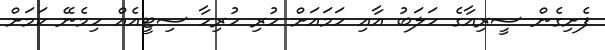
ފެށިގެން ސީރިއާގެ ހަލަބު އާއި ހަމައަށް ހުރި ހުރިހާ ސިޓީއެއް ހިމެނޭ ކަމަށް